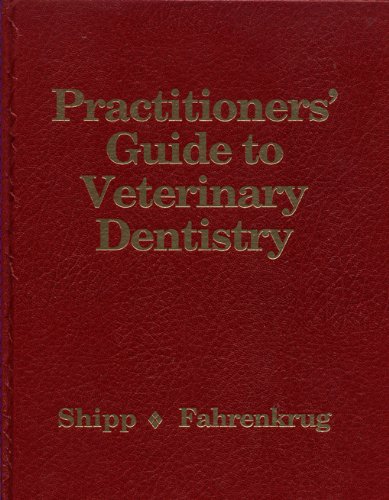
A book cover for Practitioner's Guide to Veterinary Dentistry; Anthony D. Shipp; Medical Books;